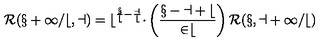
\cal R ( x + 1 / b , a ) = b ^ { \frac x b - \frac a b } \Delta \left( \frac { x - a + b } { 2 b } \right) \cal R ( x , a + 1 / b )